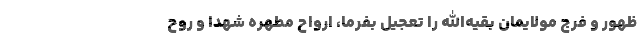
ظهور و فرج مولایمان بقیه‌الله را تعجیل بفرما، ارواح مطهره شهدا و روح